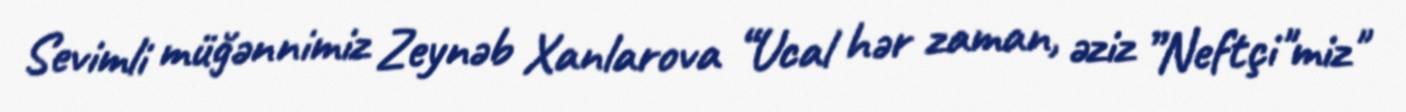
Sevimli müğənnimiz Zeynəb Xanlarova “Ucal hər zaman, əziz ”Neftçi"miz"